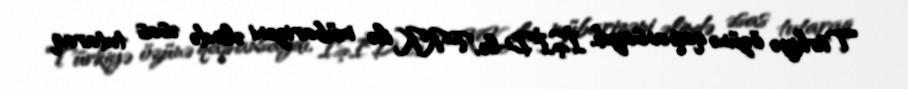
Türkiyə özünə qapansaydı, İŞİD-lə, PKK ilə mübarizəni əlində əsas tutaraq